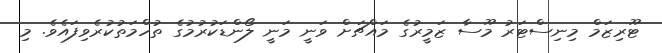
ޓޫރިޒަމް މިނިސްޓަރު މޫސާ ޒަމީރުގެ މައްޗަށް ވަނީ މަނީ ލޯންޑަކުރުމުގެ ތުހްމަތުކުރެވިފައެވެ. މި